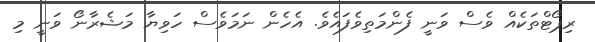
ރިޕޯޓްތަކެއް ވެސް ވަނީ ފެންމަތިވެފައެވެ. އެހެން ނަމަވެސް ހަވިޔާ މަޝެރާނޯ ވަނީ މި